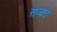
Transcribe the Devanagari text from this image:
राजाए